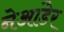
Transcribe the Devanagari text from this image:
नेआंडेर